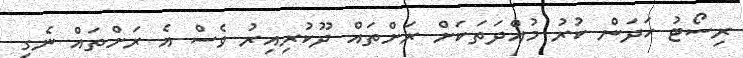
ރިސޯޓު ހަދަން ކުރު މުއްދަތަކަށް ރަށްތައް ދޫކުރިއިރު ވެސް އެ ރަށްތައް ނެގި